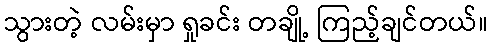
သွားတဲ့ လမ်းမှာ ရှုခင်း တချို့ ကြည့်ချင်တယ်။